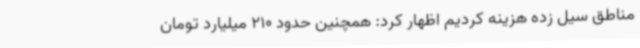
مناطق سیل زده هزینه کردیم اظهار کرد: همچنین حدود 210 میلیارد تومان